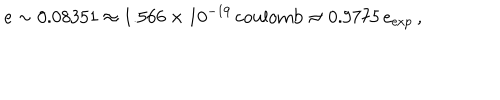
e \sim 0 . 0 8 3 5 1 \approx 1 . 5 6 6 \times 1 0 ^ { - 1 9 } \, \mathrm { c o u l o m b } \approx 0 . 9 7 7 5 \, e _ { \mathrm { e x p } } \, ,